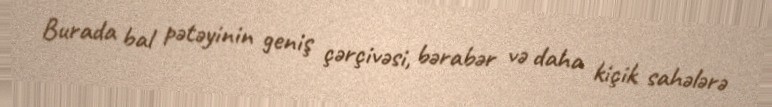
Burada bal pətəyinin geniş çərçivəsi, bərabər və daha kiçik sahələrə